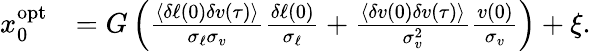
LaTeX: \begin{array}{rl}{x_{0}^{\mathrm{opt}}}&{=G\left(\frac{\langle\delta\ell(0)\delta v(\tau)\rangle}{\sigma_{\ell}\sigma_{v}}\frac{\delta\ell(0)}{\sigma_{\ell}}+\frac{\langle\delta v(0)\delta v(\tau)\rangle}{\sigma_{v}^{2}}\frac{v(0)}{\sigma_{v}}\right)+\xi.}\end{array}